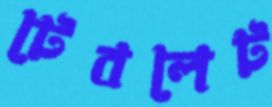
টেবলেট